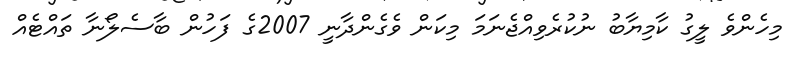
މިހެންވެ ލީގު ކާމިޔާބު ނުކުރެވިއްޖެނަމަ މިކަން ވެގެންދާނީ 2007ގެ ފަހުން ބާސެލޯނާ ތައްޓެއް